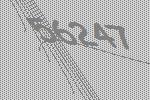
56247